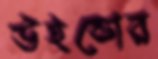
উইন্ডোর